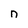
Character: n